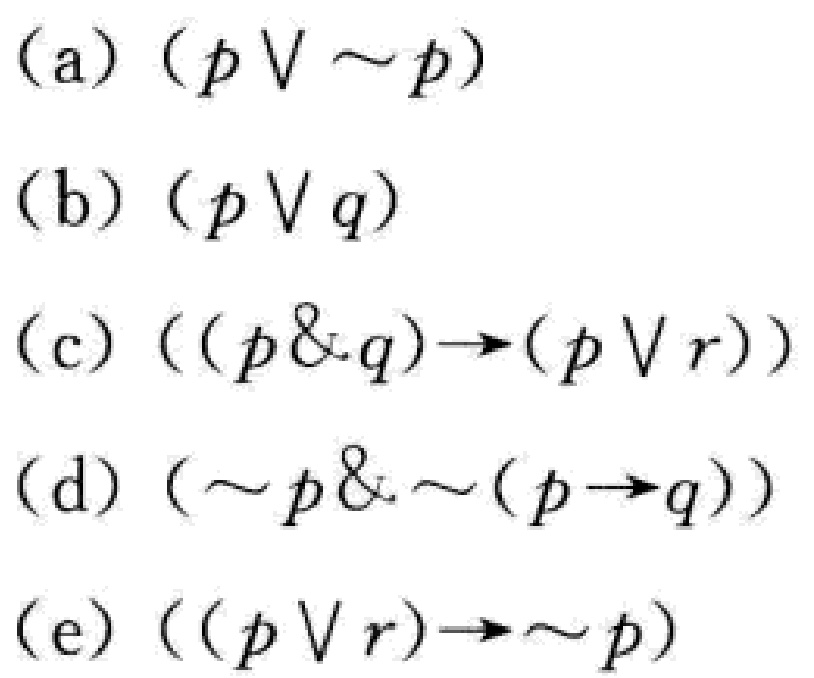
(a) $(p \vee \sim p)$
(b) $(p \vee q)$
(c) $((p \& q) \to (p \vee r))$
(d) $(\sim p \& \sim (p \to q))$
(e) $((p \vee r) \to \sim p)$